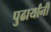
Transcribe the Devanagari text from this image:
पुढार्यांनी